Annual report of lunatic asylums [Bombay] - 1912-1922
Year: 1912
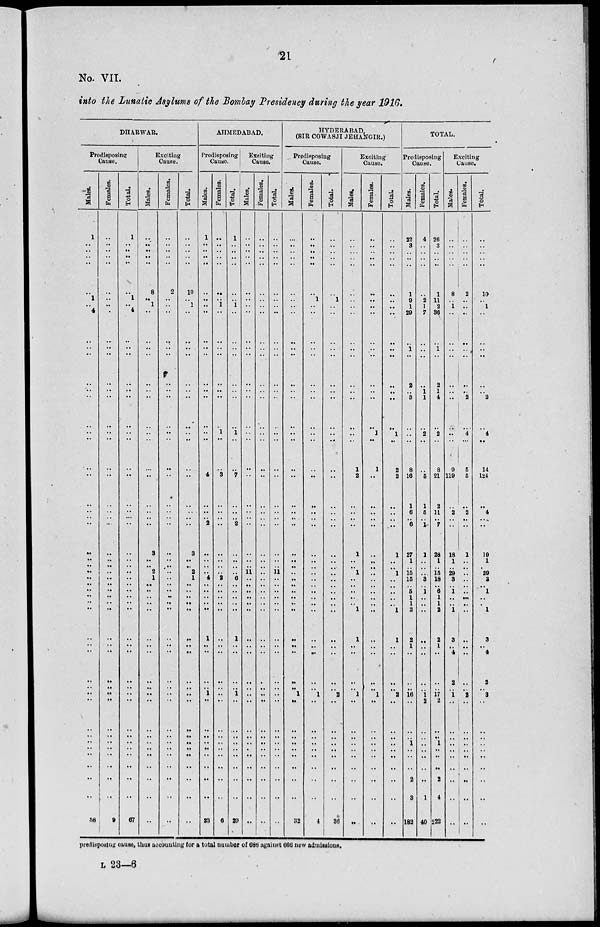
21
No. VII.
into the Lunatic Asylums of the Bombay Presidency during the year 1916.
DHARWAR.
Predisposing
Cause.
Males.
1
..
..
..
..
..
1
..
4
..
..
..
..
..
..
..
..
..
..
..
..
..
..
..
..
..
..
..
..
..
..
..
..
..
..
..
..
..
..
..
..
..
..
..
..
..
..
..
58
Females.
..
..
..
..
..
..
..
..
..
..
..
..
..
..
..
..
..
..
..
..
..
..
..
..
..
..
..
..
..
..
..
..
..
..
..
..
..
..
..
..
..
..
..
..
..
..
..
..
9
Total.
1
..
..
..
..
..
1
..
4
..
..
..
..
..
..
..
..
..
..
..
..
..
..
..
..
..
..
..
..
..
..
..
..
..
..
..
..
..
..
..
..
..
..
..
..
..
..
..
67
Exciting
Cause.
Males.
..
..
..
..
..
8
..
1
..
..
..
..
..
..
..
..
..
..
..
..
..
..
..
..
3
..
2
1
..
..
..
..
..
..
..
..
..
..
..
..
..
..
..
..
..
..
..
..
..
Females.
..
..
..
..
..
2
..
..
..
..
..
..
..
..
..
..
..
..
..
..
..
..
..
..
..
..
..
..
..
..
..
..
..
..
..
..
..
..
..
..
..
..
..
..
..
..
..
..
..
Total.
..
..
..
..
..
10
..
1
..
..
..
..
..
..
..
..
..
..
..
..
..
..
..
..
3
..
2
1
..
..
..
..
..
..
..
..
..
..
..
..
..
..
..
..
..
..
..
..
..
AHMEDABAD.
Predisposing
Cause.
Males.
1
..
..
..
..
..
..
..
..
..
..
..
..
..
..
..
..
..
..
4
..
..
..
2
..
..
..
4
..
..
..
..
..
1
..
..
..
..
1
..
..
..
..
..
..
..
..
..
23
Females.
..
..
..
..
..
..
..
1
..
..
..
..
..
..
..
..
1
..
..
3
..
..
..
..
..
..
..
2
..
..
..
..
..
..
..
..
..
..
..
..
..
..
..
..
..
..
..
..
6
Total.
1
..
..
..
..
..
..
1
..
..
..
..
..
..
..
..
1
..
..
7
..
..
..
2
..
..
..
6
..
..
..
..
..
1
..
..
..
..
1
..
..
..
..
..
..
..
..
..
29
Exciting
Cause.
Males.
..
..
..
..
..
..
..
..
..
..
..
..
..
..
..
..
..
..
..
..
..
..
..
..
..
..
11
..
..
..
..
..
..
..
..
..
..
..
..
..
..
..
..
..
..
..
..
..
..
Females.
..
..
..
..
..
..
..
..
..
..
..
..
..
..
..
..
..
..
..
..
..
..
..
..
..
..
..
..
..
..
..
..
..
..
..
..
..
..
..
..
..
..
..
..
..
..
..
..
..
Total.
..
..
..
..
..
..
..
..
..
..
..
..
..
..
..
..
..
..
..
..
..
..
..
..
..
..
11
..
..
..
..
..
..
..
..
..
..
..
..
..
..
..
..
..
..
..
..
..
..
HYDERABAD,
(SIR COWASJI JEHANGIR.)
Predisposing
Cause.
Males.
..
..
..
..
..
..
..
..
..
..
..
..
..
..
..
..
..
..
..
..
..
..
..
..
..
..
..
..
..
..
..
..
..
..
..
..
..
..
1
..
..
..
..
..
..
..
..
..
32
Females.
..
..
..
..
..
..
1
..
..
..
..
..
..
..
..
..
..
..
..
..
..
..
..
..
..
..
..
..
..
..
..
..
..
..
..
..
..
..
1
..
..
..
..
..
..
..
..
..
4
Total.
..
..
..
..
..
..
1
..
..
..
..
..
..
..
..
..
..
..
..
..
..
..
..
..
..
..
..
..
..
..
..
..
..
..
..
..
..
..
2
..
..
..
..
..
..
..
..
..
36
Exciting
Cause.
Males.
..
..
..
..
..
..
..
..
..
..
..
..
..
..
..
..
..
..
1
2
..
..
..
..
1
..
1
..
..
..
..
..
1
1
..
..
..
..
1
..
..
..
..
..
..
..
..
..
..
Females.
..
..
..
..
..
..
..
..
..
..
..
..
..
..
..
..
1
..
1
..
..
..
..
..
..
..
..
..
..
..
..
..
..
..
..
..
..
..
1
..
..
..
..
..
..
..
..
..
..
Total.
..
..
..
..
..
..
..
..
..
..
..
..
..
..
..
..
1
..
2
2
..
..
..
..
1
..
1
..
..
..
..
..
1
1
..
..
..
..
2
..
..
..
..
..
..
..
..
..
..
TOTAL.
Predisposing
Cause.
Males.
22
3
..
..
..
1
9
1
29
..
1
..
2
..
3
..
..
..
8
16
1
6
..
6
27
1
15
15
..
5
1
1
2
2
1
..
..
..
16
..
..
..
1
..
..
..
2
3
182
Females.
4
..
..
..
..
..
2
1
7
..
..
..
..
1
1
..
2
..
..
5
1
5
..
1
1
..
..
3
..
1
..
..
..
..
..
..
..
..
1
2
..
..
..
..
..
..
..
1
40
Total.
26
3
..
..
..
1
11
2
36
..
1
..
2
1
4
..
2
..
8
21
2
11
..
7
28
1
15
18
..
6
1
1
2
2
1
..
..
..
17
2
..
..
1
..
..
..
2
4
222
Exciting
Cause.
Males.
..
..
..
..
..
8
..
1
..
..
..
..
..
..
..
..
..
..
9
119
..
2
..
..
18
1
29
3
..
1
..
..
1
3
..
4
2
..
1
..
..
..
..
..
..
..
..
..
..
Females.
..
..
..
..
..
2
..
..
..
..
..
..
..
..
2
..
4
..
5
5
..
2
..
..
1
..
..
..
..
..
..
..
..
..
..
..
..
..
2
..
..
..
..
..
..
..
..
..
..
Total.
..
..
..
..
..
10
..
1
..
..
..
..
..
..
2
..
4
..
14
124
..
4
..
..
19
1
29
3
..
1
..
..
1
3
..
4
2
..
3
..
..
..
..
..
..
..
..
..
..
predisposing cause, thus accounting for a total number of 686 against 666 new admissions.
L 23—6